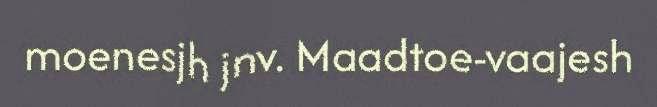
moenesjh jnv. Maadtoe-vaajesh